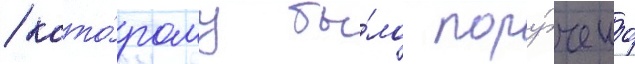
/ кото́рому бы́ло пору́чено